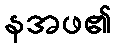
နအဖ၏